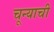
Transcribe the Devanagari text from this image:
चून्याची